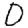
Digit: 0